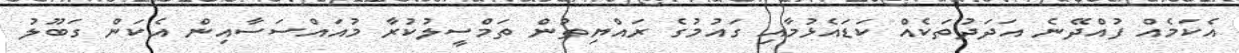
އެކަމެއް ފުއްދޭނެ އަދަދުތަކެއް ކަޑައެޅުމާއި ގައުމުގެ ރައްޔިތުން ތަމްސީލުކުރާ މުއައްސަސާއިން އެކަން ގަބޫލު